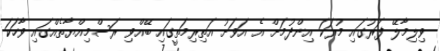
ވިލިމާލޭ ފަރުގައި މުރަކަ އިންދުމަށް އެ އަވަށު އަތިރިމަތީގައި ބޭއްވި ރަސްމިއްޔާތެއްގައި ވާހަކަ